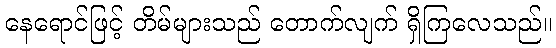
နေရောင်ဖြင့် တိမ်များသည် တောက်လျက် ရှိကြလေသည်။